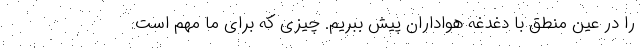
را در عین منطق با دغدغه هواداران پیش ببریم. چیزی که برای ما مهم است